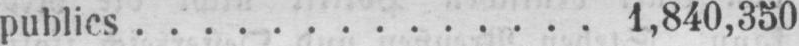
publics.............. 1‚840,350